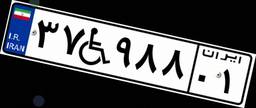
۳۷W۹۸۸۰۱